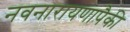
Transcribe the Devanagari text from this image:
नवनारायणापैकी